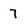
Character: 7